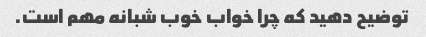
توضیح دهید که چرا خواب خوب شبانه مهم است.